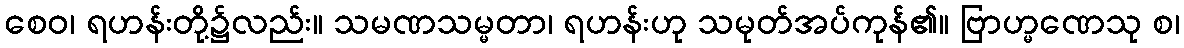
စေဝ၊ ရဟန်းတို့၌လည်း။ သမဏသမ္မတာ၊ ရဟန်းဟု သမုတ်အပ်ကုန်၏။ ဗြာဟ္မဏေသု စ၊